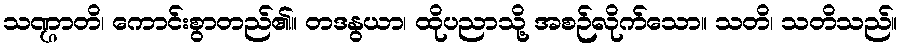
သဏ္ဌာတိ၊ ကောင်းစွာတည်၏။ တဒနွယာ၊ ထိုပညာသို့ အစဉ်လိုက်သော။ သတိ၊ သတိသည်။